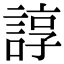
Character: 諄